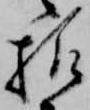
様